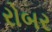
રોબર